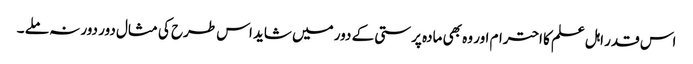
اس قدر اہل علم کا احترام اور وہ بھی مادہ پرستی کے دور میں شاید اس طرح کی مثال دور دور نہ ملے ۔